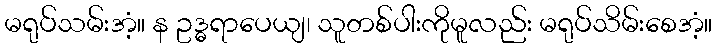
မရုပ်သမ်းအံ့။ န ဥဒ္ဓရာပေယျ၊ သူတစ်ပါးကိုမူလည်း မရုပ်သိမ်းစေအံ့။